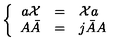
\left\{ \begin{array} { r c l } { a { \cal X } } & { = } & { { \cal X } a } \\ { A \bar { A } } & { = } & { j \bar { A } A } \\ \end{array} \right.